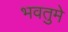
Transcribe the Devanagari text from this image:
भवतुमे